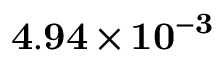
\mathbf { 4 . 9 4 \times 1 0 ^ { - 3 } }